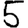
Digit: 5